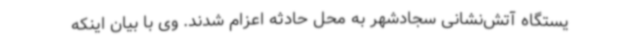
یستگاه آتش‌نشانی سجادشهر به محل حادثه اعزام شدند. وی با بیان اینکه